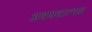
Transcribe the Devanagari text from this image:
अवयवात्मक